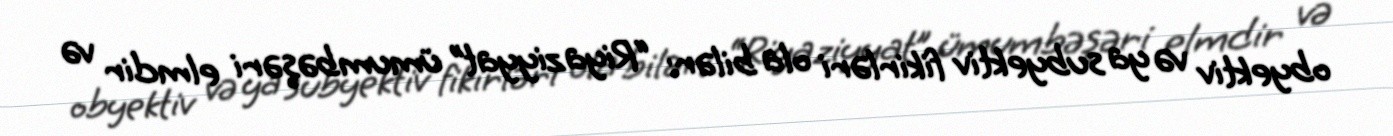
obyektiv və ya subyektiv fikirləri ola bilər: “Riyaziyyat” ümumbəşəri elmdir və